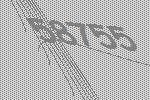
58755